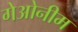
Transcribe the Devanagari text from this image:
गेओनीम